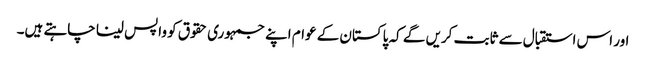
اور اس استقبال سے ثابت کریں گے کہ پاکستان کے عوام اپنے جمہوری حقوق کو واپس لینا چاہتے ہیں۔